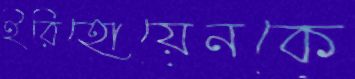
ইরিহোয়েনকে